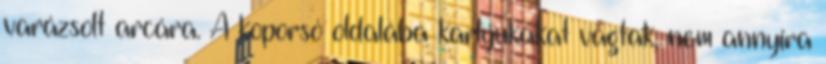
varázsolt arcára. A koporsó oldalába karlyukakat vágtak, nem annyira